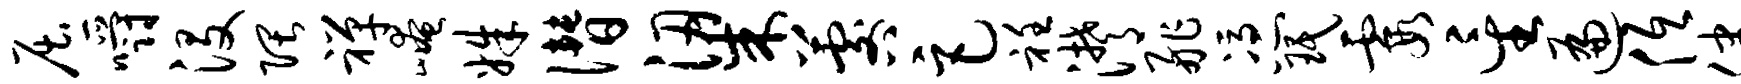
屈嚼没隈禅崦姝僭梁晷巨衽潸舴凭珉霞星遍低健